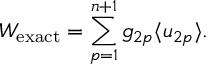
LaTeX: W _ { \mathrm { e x a c t } } = \sum _ { p = 1 } ^ { n + 1 } g _ { 2 p } \langle u _ { 2 p } \rangle .